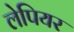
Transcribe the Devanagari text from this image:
लेपियर